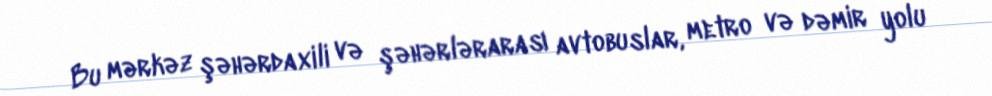
Bu mərkəz şəhərdaxili və şəhərlərarası avtobuslar, metro və dəmir yolu